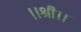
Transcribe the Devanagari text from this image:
।।श्री।।